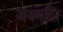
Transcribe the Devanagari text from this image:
जयमंदिर